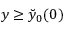
y \ge \breve { y } _ { 0 } ( 0 )